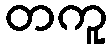
တကူ